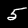
Digit: 5